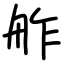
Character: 舴